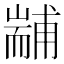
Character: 𦓞